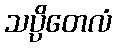
သပ္ပိတေလံ